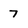
Character: 7